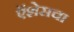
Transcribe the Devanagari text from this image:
ऍशेसचा